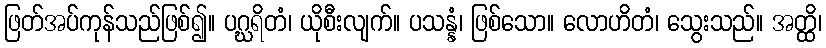
ဖြတ်အပ်ကုန်သည်ဖြစ်၍။ ပဂ္ဃရိတံ၊ ယိုစီးလျက်။ ပသန္နံ၊ ဖြစ်သော။ လောဟိတံ၊ သွေးသည်။ အတ္ထိ၊